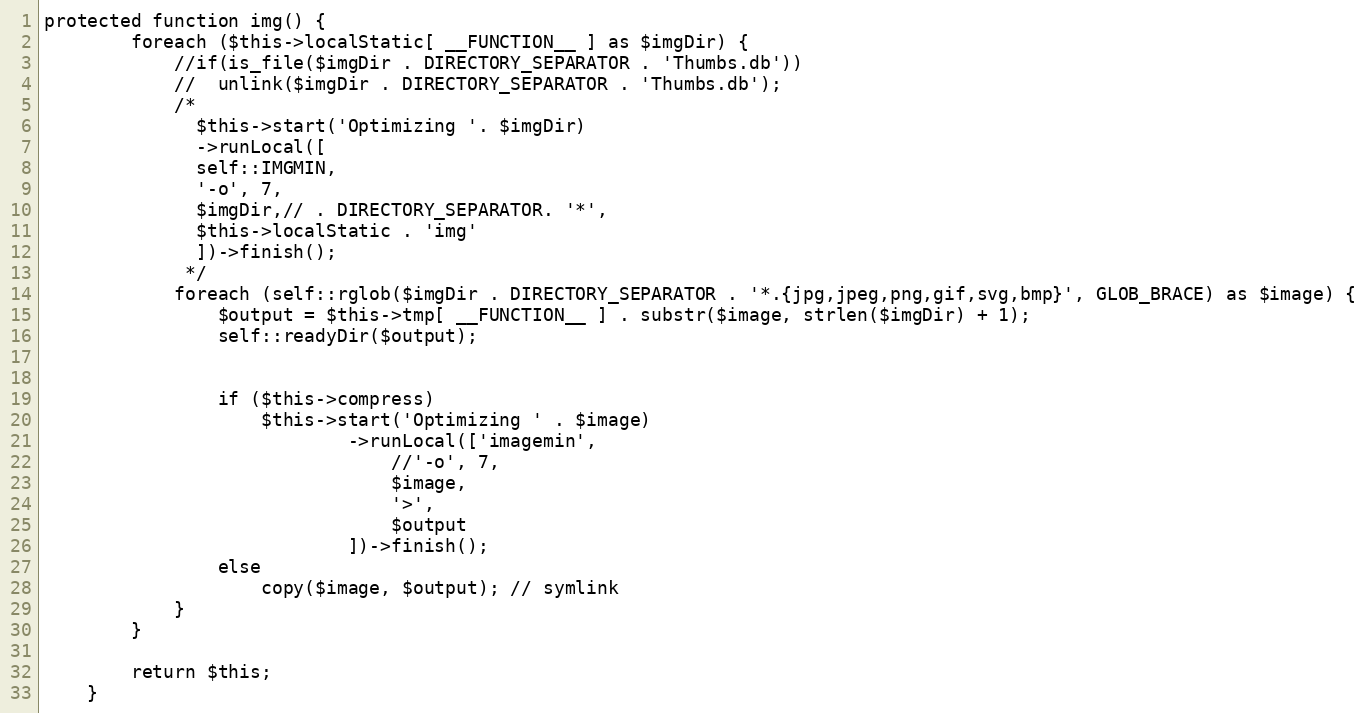
Language: PHP
protected function img() {
		foreach ($this->localStatic[ __FUNCTION__ ] as $imgDir) {
			//if(is_file($imgDir . DIRECTORY_SEPARATOR . 'Thumbs.db'))
			//	unlink($imgDir . DIRECTORY_SEPARATOR . 'Thumbs.db');
			/*
			  $this->start('Optimizing '. $imgDir)
			  ->runLocal([
			  self::IMGMIN,
			  '-o', 7,
			  $imgDir,// . DIRECTORY_SEPARATOR. '*',
			  $this->localStatic . 'img'
			  ])->finish();
			 */
			foreach (self::rglob($imgDir . DIRECTORY_SEPARATOR . '*.{jpg,jpeg,png,gif,svg,bmp}', GLOB_BRACE) as $image) {
				$output = $this->tmp[ __FUNCTION__ ] . substr($image, strlen($imgDir) + 1);
				self::readyDir($output);

				if ($this->compress)
					$this->start('Optimizing ' . $image)
							->runLocal(['imagemin',
								//'-o', 7,
								$image,
								'>',
								$output
							])->finish();
				else
					copy($image, $output); // symlink
			}
		}

		return $this;
	}